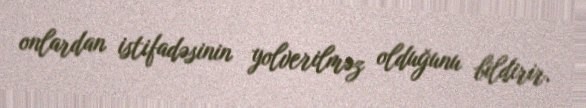
onlardan istifadəsinin yolverilməz olduğunu bildirir.